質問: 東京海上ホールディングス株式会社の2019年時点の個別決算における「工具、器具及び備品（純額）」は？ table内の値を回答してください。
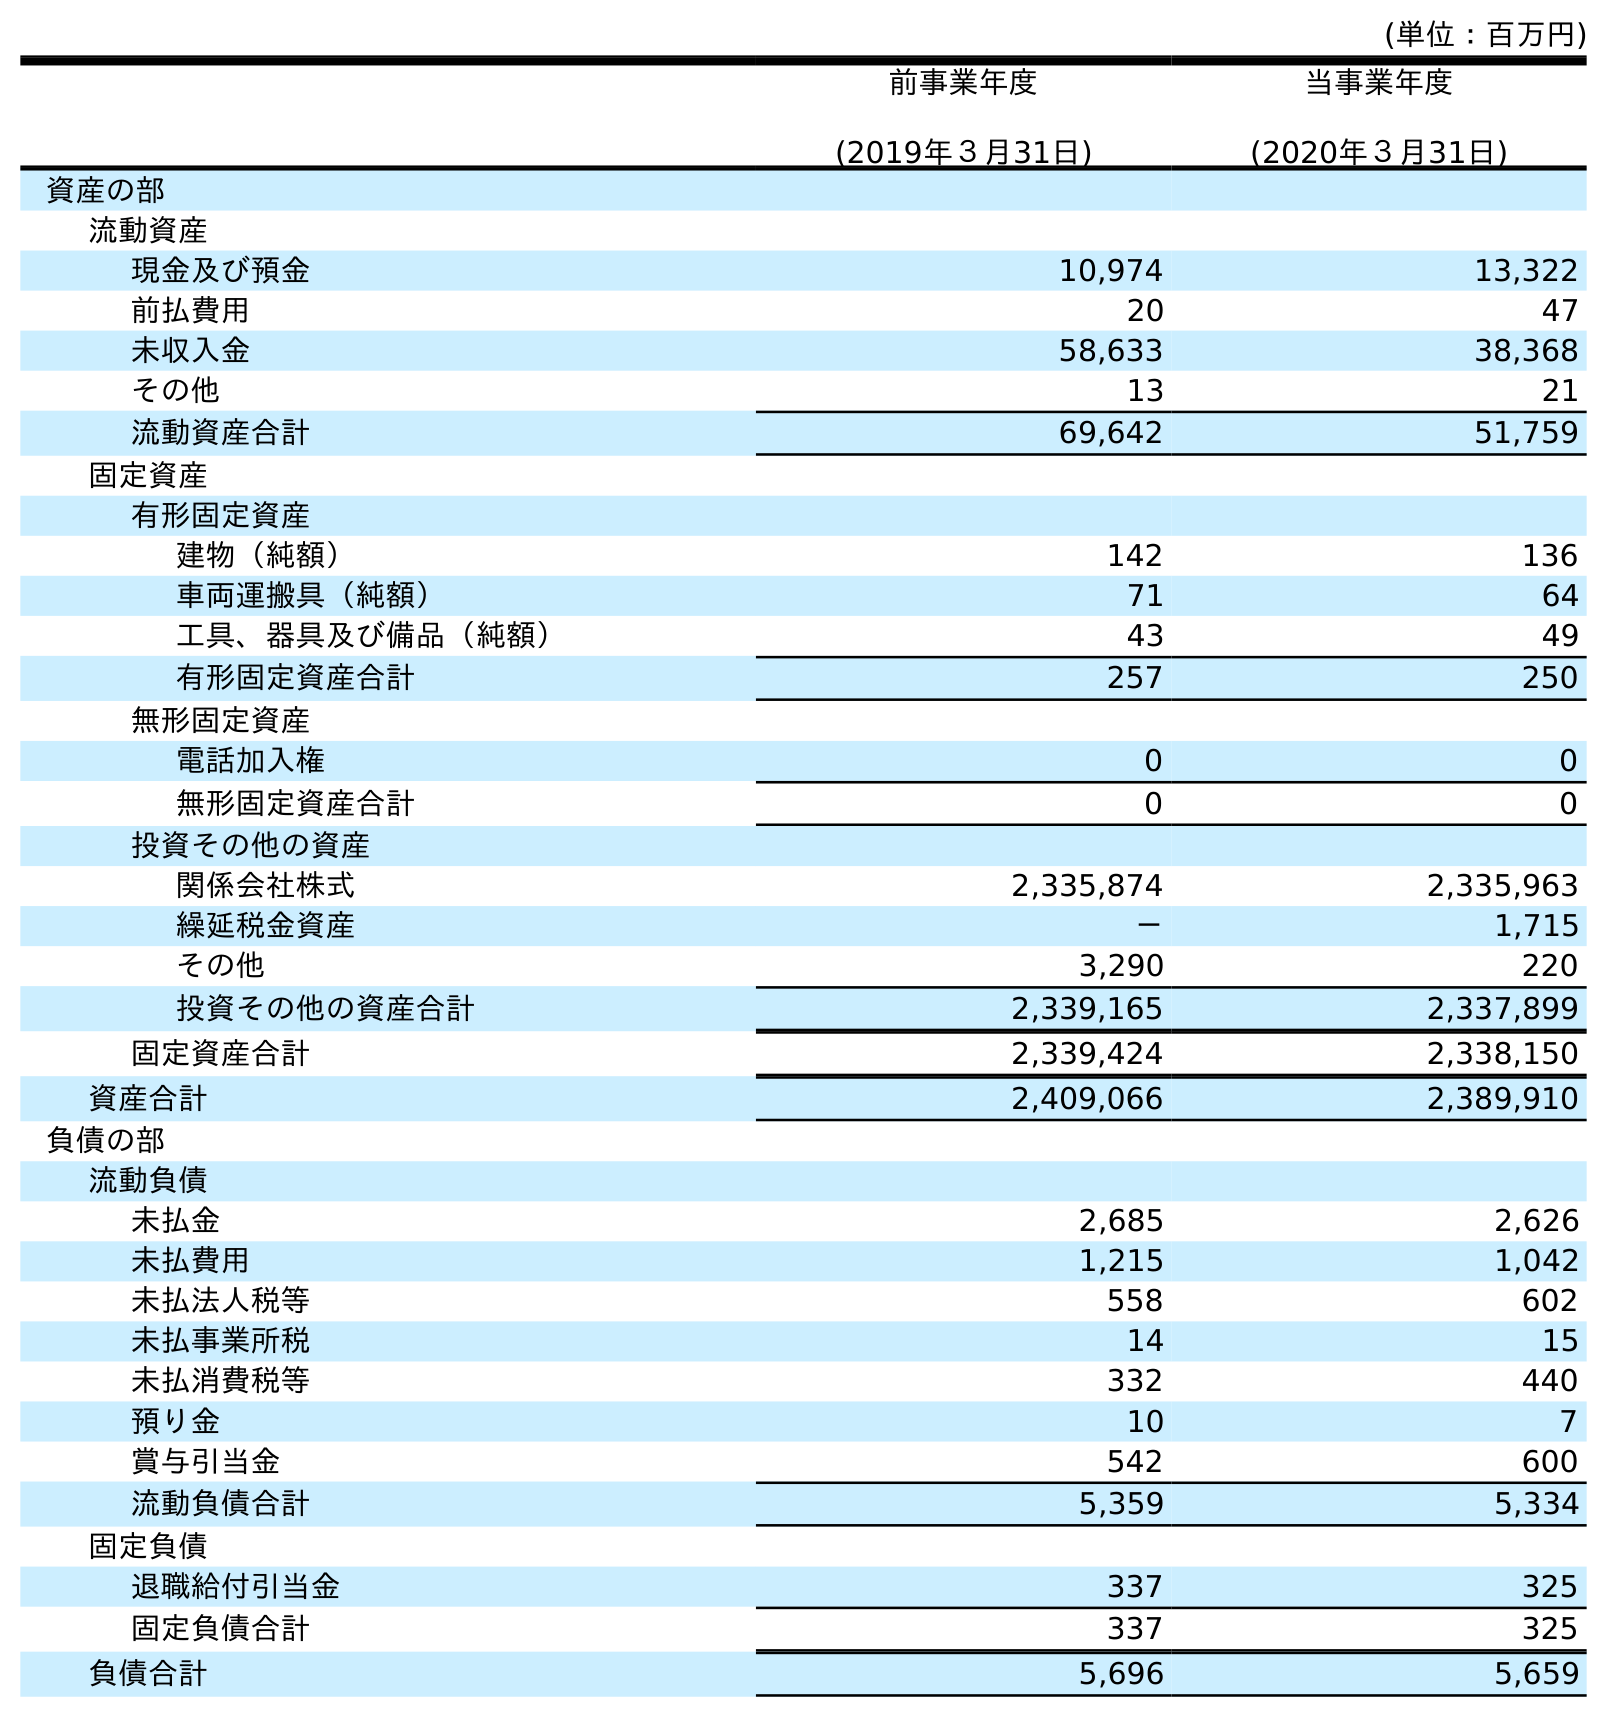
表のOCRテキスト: (単位：百万円) 前事業年度 (2019年３月31日) 当事業年度 (2020年３月31日) 資産の部 流動資産 現金及び預金 10,974 13,322 前払費用 20 47 未収入金 58,633 38,368 その他 13 21 流動資産合計 69,642 51,759 固定資産 有形固定資産 建物（純額） 142 136 車両運搬具（純額） 71 64 工具、器具及び備品（純額） 43 49 有形固定資産合計 257 250 無形固定資産 電話加入権 0 0 無形固定資産合計 0 0 投資その他の資産 関係会社株式 2,335,874 2,335,963 繰延税金資産 － 1,715 その他 3,290 220 投資その他の資産合計 2,339,165 2,337,899 固定資産合計 2,339,424 2,338,150 資産合計 2,409,066 2,389,910 負債の部 流動負債 未払金 2,685 2,626 未払費用 1,215 1,042 未払法人税等 558 602 未払事業所税 14 15 未払消費税等 332 440 預り金 10 7 賞与引当金 542 600 流動負債合計 5,359 5,334 固定負債 退職給付引当金 337 325 固定負債合計 337 325 負債合計 5,696 5,659
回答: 43